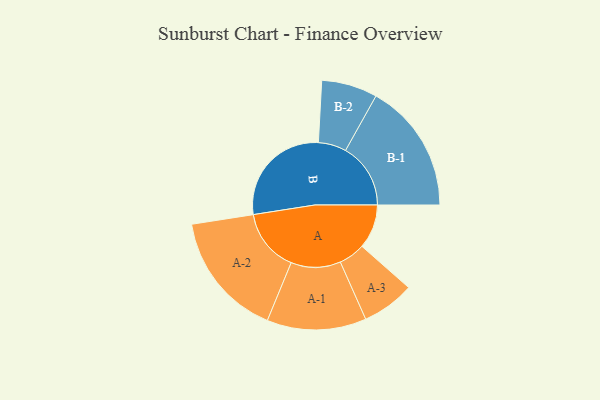
{"axis": {"x": "Segment", "y": "Value"}, "legend": ["", "A", "B"], "data": [{"x": "A", "y": 198, "type": ""}, {"x": "B", "y": 488, "type": ""}, {"x": "A-1", "y": 222, "type": "A"}, {"x": "A-2", "y": 281, "type": "A"}, {"x": "A-3", "y": 118, "type": "A"}, {"x": "B-1", "y": 291, "type": "B"}, {"x": "B-2", "y": 125, "type": "B"}]}